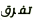
تفرق